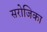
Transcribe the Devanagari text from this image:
सरोजिका